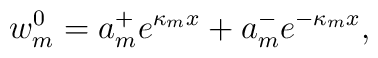
w_m^0= a_m^+ e^{\kappa_m x} + a_m^{-} e^{-\kappa_m x},